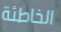
الخاطئة